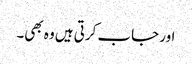
اور جاب کرتی ہیں وہ بھی۔